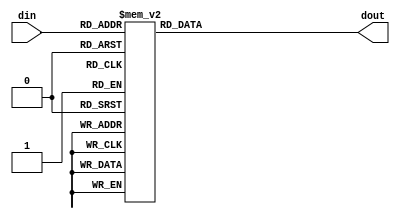
module decoder_lsh (
    input [3:0] din,
    output reg [15:0] dout
);

    always @(*) begin
        case (din)
            4'b0000: dout <= 16'b1111111111111111;
            4'b0001: dout <= 16'b0111111111111111;
            4'b0010: dout <= 16'b0011111111111111;
            4'b0011: dout <= 16'b0001111111111111;
            4'b0100: dout <= 16'b0000111111111111;
            4'b0101: dout <= 16'b0000011111111111;
            4'b0110: dout <= 16'b0000001111111111;
            4'b0111: dout <= 16'b0000000111111111;
            4'b1000: dout <= 16'b0000000011111111;
            4'b1001: dout <= 16'b0000000001111111;
            4'b1010: dout <= 16'b0000000000111111;
            4'b1011: dout <= 16'b0000000000011111;
            4'b1100: dout <= 16'b0000000000001111;
            4'b1101: dout <= 16'b0000000000000111;
            4'b1110: dout <= 16'b0000000000000011;
            4'b1111: dout <= 16'b0000000000000001;
            default: dout <= 16'b0;
        endcase
    end

endmodule //decoder_lsh